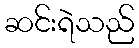
ဆင်းရဲသည်